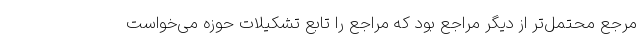
مرجع محتمل‌تر از دیگر مراجع بود که مراجع را تابع تشکیلات حوزه می‌خواست